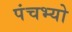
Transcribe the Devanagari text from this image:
पंचभ्यो